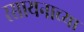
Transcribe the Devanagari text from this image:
रसायनाच्या